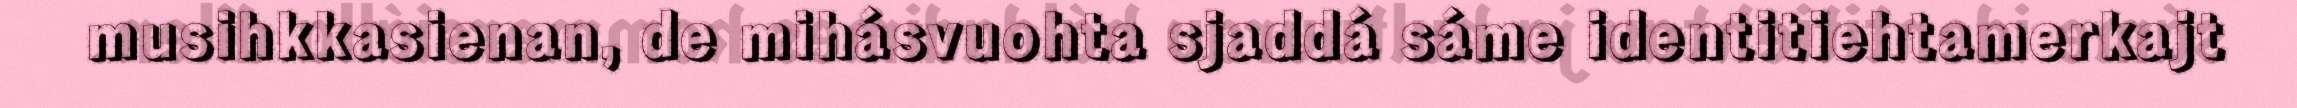
musihkkasienan, de mihásvuohta sjaddá sáme identitiehtamerkajt